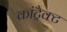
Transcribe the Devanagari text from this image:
कांट्रैक्ट